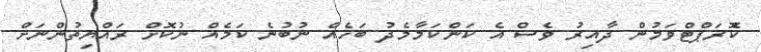
ކޮެެރަޕްޓްވަމުން ދާއިރު ވެސް އެ ކަންކަމާމެދު ބަހެއް ނުބުނެ ކަމެއް ނުކޮށް ރައްޔިތުންނަށް